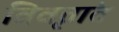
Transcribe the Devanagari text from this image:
विवृत्तांत